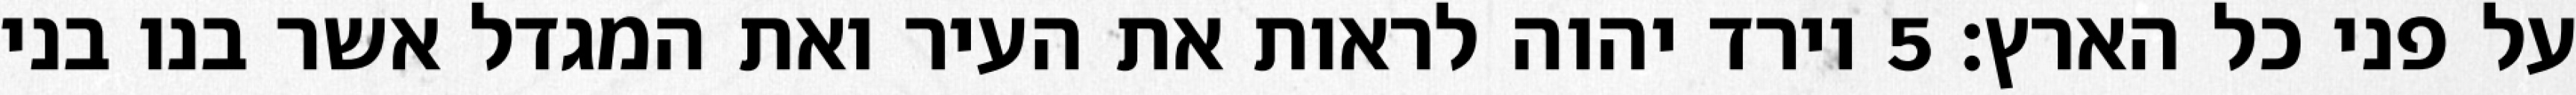
על פני כל הארץ׃ ‎5‏ וירד יהוה לראות את העיר ואת המגדל אשר בנו בני